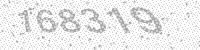
Solution: 168319